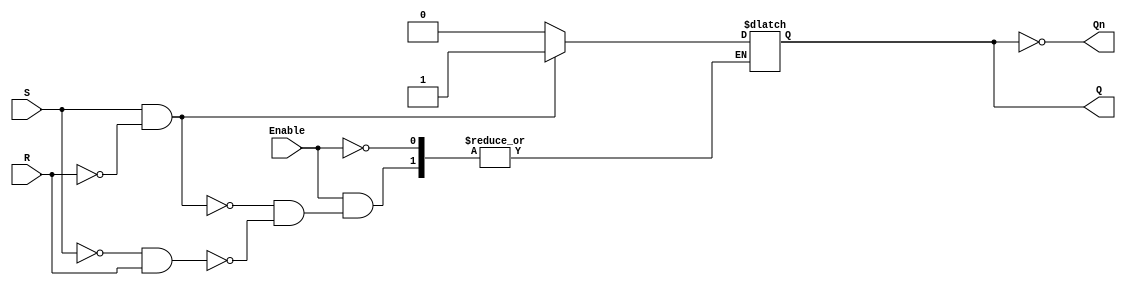
module gated_sr_latch (
    input wire S,       // Set input
    input wire R,       // Reset input
    input wire Enable,  // Enable control signal
    output reg Q,       // Output Q
    output wire Qn      // Output Q' (complement of Q)
);

    assign Qn = ~Q; // Q' is the complement of Q

    always @(S, R, Enable) begin
        if (Enable) begin
            if (S && ~R) begin
                Q <= 1;  // Set Q to 1
            end else if (~S && R) begin
                Q <= 0;  // Reset Q to 0
            end
            // If S = 0 and R = 0, maintain previous state (no assignment)
            // If S = 1 and R = 1, do nothing (indeterminate state)
        end
        // When Enable is low, retain the current state of Q
    end

endmodule